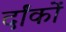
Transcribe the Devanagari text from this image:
र्दांकों